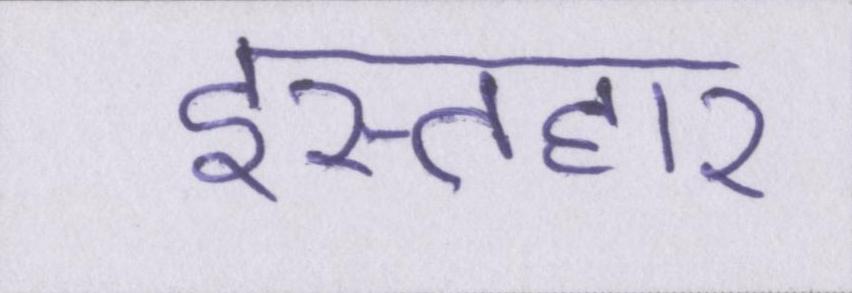
इस्तहार